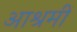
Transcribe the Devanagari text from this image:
आश्रमीं